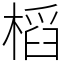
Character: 槄